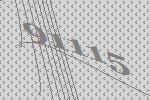
91115